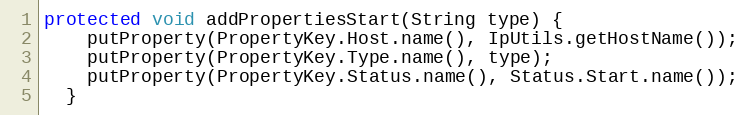
Language: Java
protected void addPropertiesStart(String type) {
    putProperty(PropertyKey.Host.name(), IpUtils.getHostName());
    putProperty(PropertyKey.Type.name(), type);
    putProperty(PropertyKey.Status.name(), Status.Start.name());
  }